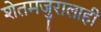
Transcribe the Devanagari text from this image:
शेतमजुरालाही